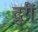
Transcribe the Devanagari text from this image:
दुरीं